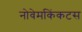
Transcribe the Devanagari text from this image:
नोवेमकिंकटस